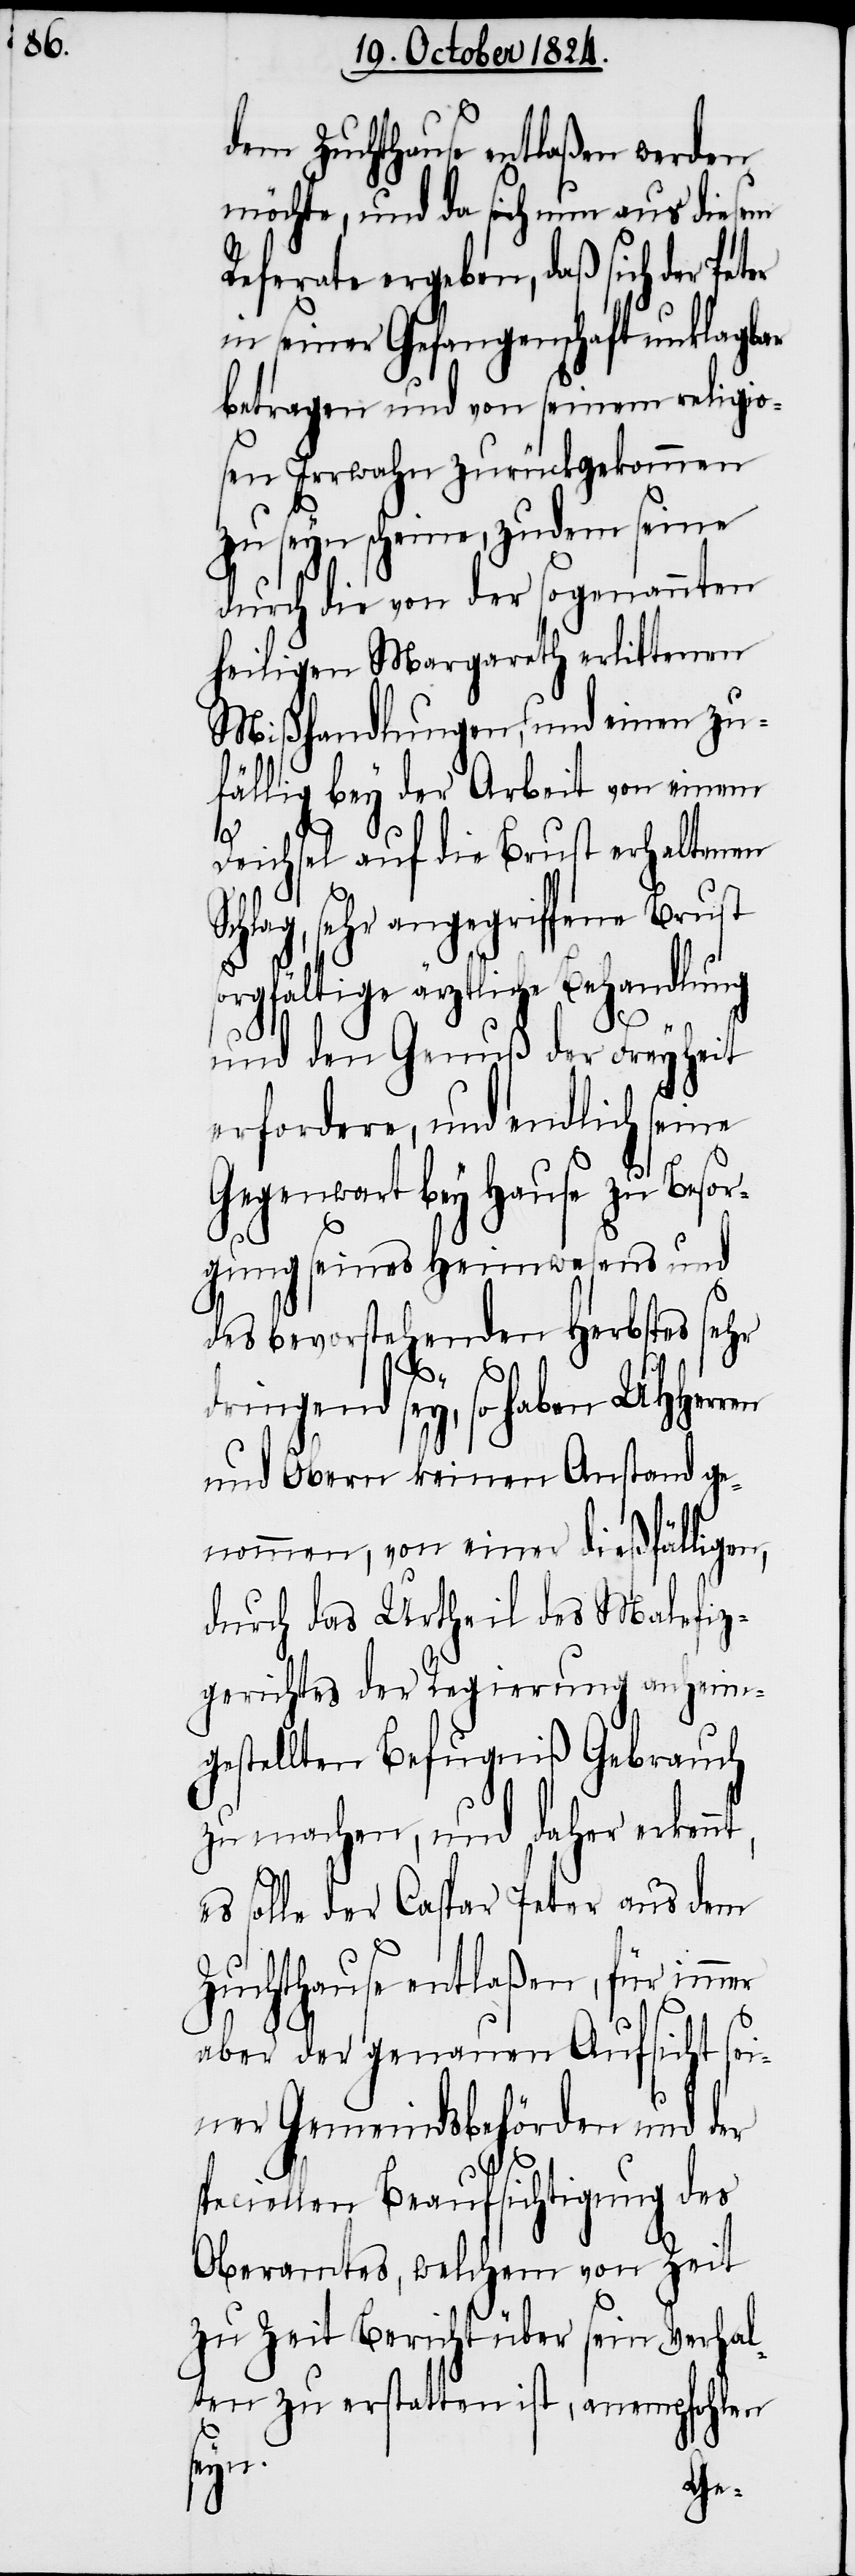
dem Zuchthause entlaßen werden
möchte, und da sich nun aus diesem
Referate ergeben, daß sich der Pe¬
in seiner Gefangenschaft unklagbar
betragen und von seinem religiö¬
sen Irrwahn zurückgekommen
zu seyn scheine, zudem seine
durch die von der sogenannten
heiligen Margareth erlittenen
Mißhandlungen, und einen zu¬
fällig bey der Arbeit von einem
ren
Deichsel auf die Brust erhaltenen
chlag, sehr angegriffene Brust
orgfältige ärztliche Behandlung
ter
und den Genuß der Freyheit
erfordere, und endlich seine
Gegenwart bey Hause zu Besor¬
gung seines Heimwesens und
des bevorstehenden Herbstes sehr
S¬
dringend sey, so haben UHHer¬
und Obern keinen Anstand ge¬
nommen, von einer dießfälligen,
durch das Urtheil des Malefiz¬
gerichtes der Regierung anheim¬
nt,
gestellten Befugniß Gebra¬
zu machen, und daher erken¬
es solle der Caspar Peter aus dem
Zuchthause entlaßen, für immer
aber der genauen Aufsicht sei¬
ner Gemeindsbehörden und der
speciellen Beaufsichtigung des
Oberamtes, welchem von Zeit
zu Zeit Bericht über sein Verhal¬
ten zu erstatten ist, anempfohlen
seyn.